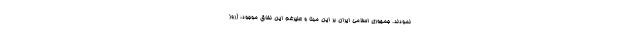
نمودند. جمهوری اسلامی ایران بر این مبنا و علیرغم این نفاق موجود، (روز